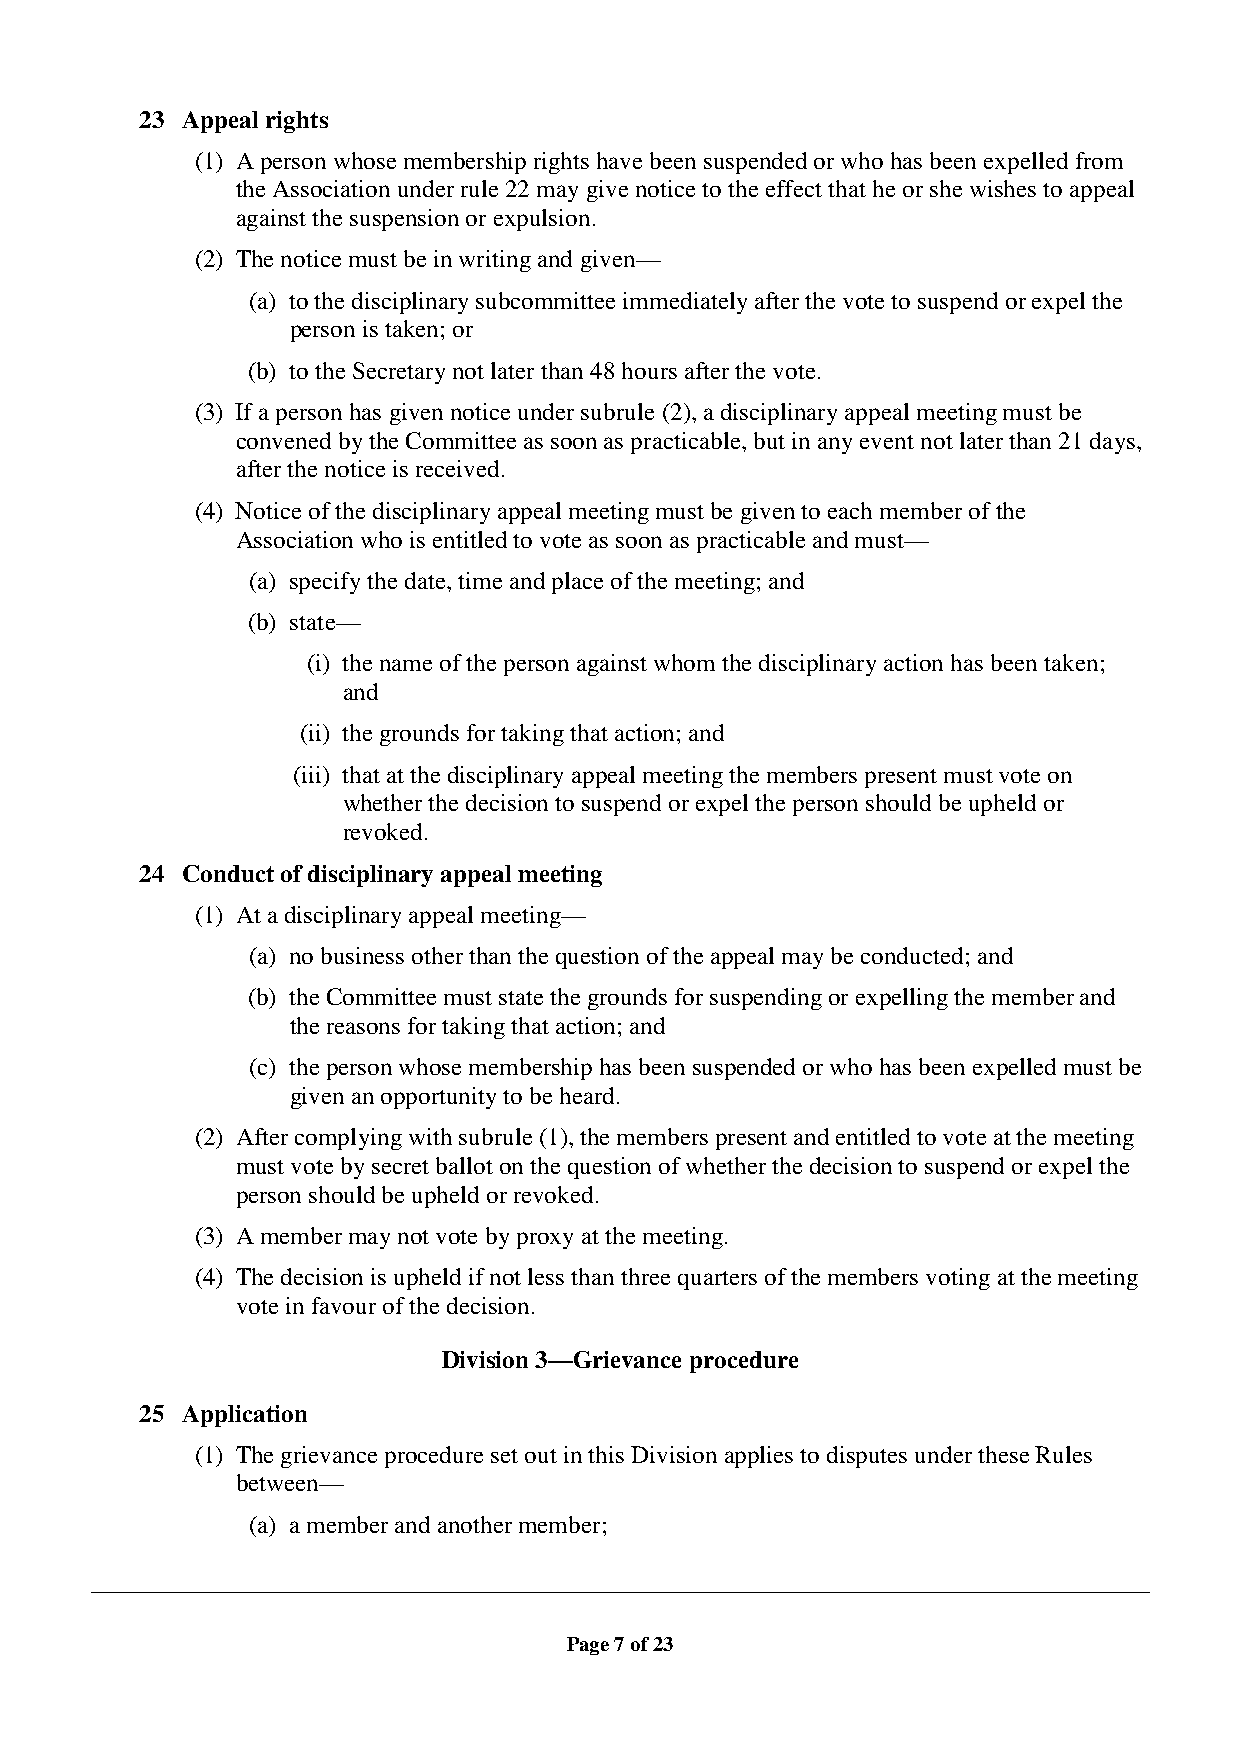
23 Appeal rights
 (1) A person whose membership rights have been suspended or who has been expelled from
 the Association under rule 22 may give notice to the effect that he or she wishes to appeal
 against the suspension or expulsion.
 (2) The notice must be in writing and given—
 (a) to the disciplinary subcommittee immediately after the vote to suspend or expel the
 person is taken; or
 (b) to the Secretary not later than 48 hours after the vote.
 (3) If a person has given notice under subrule (2), a disciplinary appeal meeting must be
 convened by the Committee as soon as practicable, but in any event not later than 21 days,
 after the notice is received.
 (4) Notice of the disciplinary appeal meeting must be given to each member of the
 Association who is entitled to vote as soon as practicable and must—
 (a) specify the date, time and place of the meeting; and
 (b) state—
 (i) the name of the person against whom the disciplinary action has been taken;
 and
 (ii) the grounds for taking that action; and
 (iii) that at the disciplinary appeal meeting the members present must vote on
 whether the decision to suspend or expel the person should be upheld or
 revoked.
 24 Conduct of disciplinary appeal meeting
 (1) At a disciplinary appeal meeting—
 (a) no business other than the question of the appeal may be conducted; and
 (b) the Committee must state the grounds for suspending or expelling the member and
 the reasons for taking that action; and
 (c) the person whose membership has been suspended or who has been expelled must be
 given an opportunity to be heard.
 (2) After complying with subrule (1), the members present and entitled to vote at the meeting
 must vote by secret ballot on the question of whether the decision to suspend or expel the
 person should be upheld or revoked.
 (3) A member may not vote by proxy at the meeting.
 (4) The decision is upheld if not less than three quarters of the members voting at the meeting
 vote in favour of the decision.
 Division 3—Grievance procedure
 25 Application
 (1) The grievance procedure set out in this Division applies to disputes under these Rules
 between—
 (a) a member and another member;
 Page 7 of 23